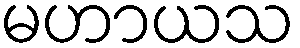
မဟာယသ